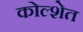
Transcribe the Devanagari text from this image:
कोल्शेत